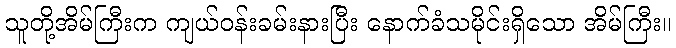
သူတို့အိမ်ကြီးက ကျယ်ဝန်းခမ်းနားပြီး နောက်ခံသမိုင်းရှိသော အိမ်ကြီး။